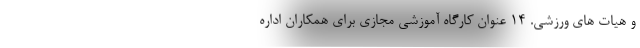
و هیات های ورزشی. 14 عنوان کارگاه آموزشی مجازی برای همکاران اداره